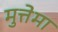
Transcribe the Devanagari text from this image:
मुत्तेमा